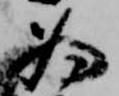
為